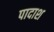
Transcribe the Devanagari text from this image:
पादाश